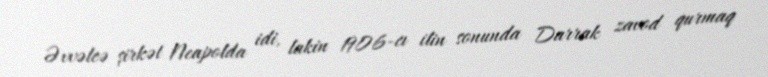
Əvvəlcə şirkət Neapolda idi, lakin 1906-cı ilin sonunda Darrak zavod qurmaq